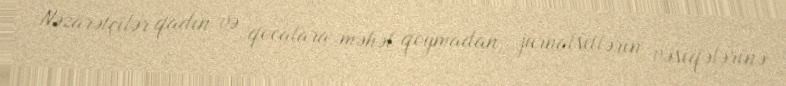
Nəzarətçilər qadın və qocalara məhəl qoymadan, jurnalsitlərin vəsiqələrinə